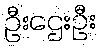
ဦးဌေးဦး